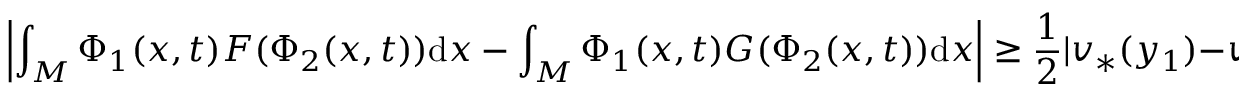
\left| \int _ { M } \Phi _ { 1 } ( x , t ) F ( \Phi _ { 2 } ( x , t ) ) \mathrm { d } x - \int _ { M } \Phi _ { 1 } ( x , t ) G ( \Phi _ { 2 } ( x , t ) ) \mathrm { d } x \right| \geq \frac { 1 } { 2 } | v _ { * } ( y _ { 1 } ) - v _ { * } ( y _ { 2 } ) | t